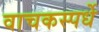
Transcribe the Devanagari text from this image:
वाचकस्पर्धे